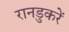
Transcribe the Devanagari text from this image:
रानडुकरें